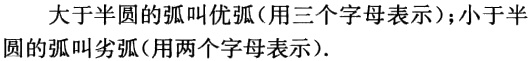
大于半圆的弧叫优弧（用三个字母表示）；小于半圆的弧叫劣弧（用两个字母表示）.